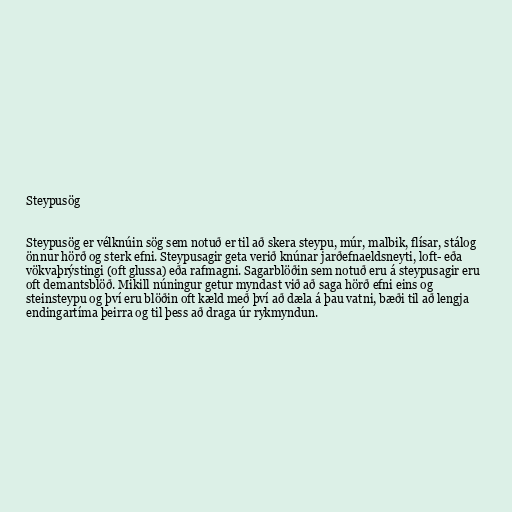
Steypusög

Steypusög er vélknúin sög sem notuð er til að skera steypu, múr, malbik, flísar, stálog
önnur hörð og sterk efni. Steypusagir geta verið knúnar jarðefnaeldsneyti, loft- eða
vökvaþrýstingi (oft glussa) eða rafmagni. Sagarblöðin sem notuð eru á steypusagir eru
oft demantsblöð. Mikill núningur getur myndast við að saga hörð efni eins og
steinsteypu og því eru blöðin oft kæld með því að dæla á þau vatni, bæði til að lengja
endingartíma þeirra og til þess að draga úr rykmyndun.